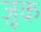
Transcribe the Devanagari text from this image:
ज़ूक